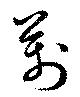
萬